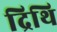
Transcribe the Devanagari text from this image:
द्रिथि